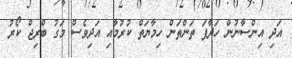
އަދި އިންސާނުން ހަދާފަ ތަންތަން ހިމާޔަތް ކުރުމާއި އަދިވެސް މަގު ބްރިޖް ކޯރު